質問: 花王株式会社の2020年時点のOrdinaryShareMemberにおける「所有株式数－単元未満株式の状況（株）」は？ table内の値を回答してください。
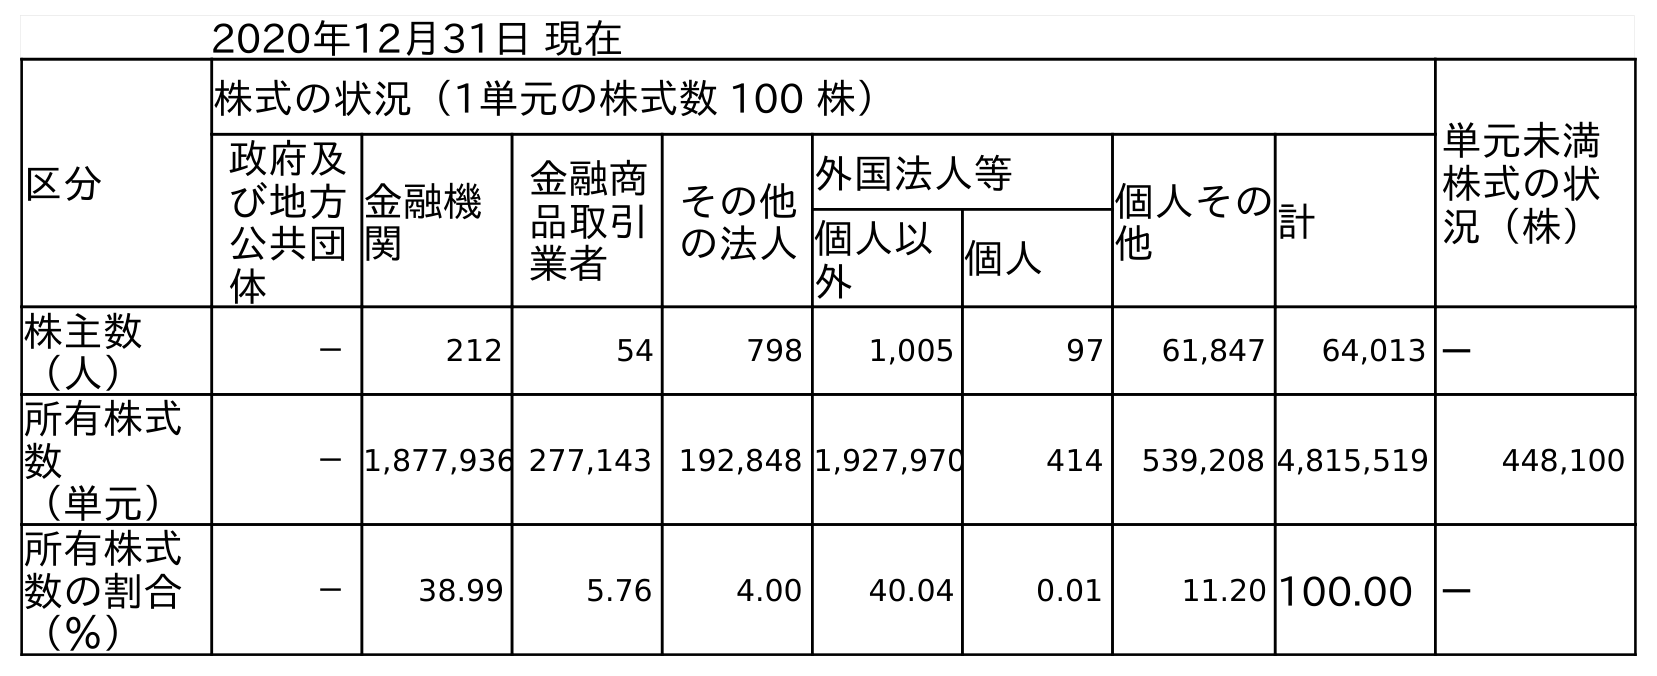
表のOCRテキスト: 2020年12月31日 現在 区分 株式の状況（1単元の株式数 100 株） 単元未満 株式の状 況（株） 政府及 び地方 公共団 体 金融機 関 金融商 品取引 業者 その他 の法人 外国法人等 個人その 他 計 個人以 外 個人 株主数 （人） － 212 54 798 1,005 97 61,847 64,013 － 所有株式 数 （単元） －1,877,936 277,143 192,848 1,927,970 414 539,208 4,815,519 448,100 所有株式 数の割合 （％） － 38.99 5.76 4.00 40.04 0.01 11.20 100.00 －
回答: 448,100